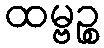
ထမ္ဗဉ္စ